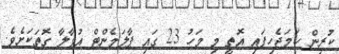
ކުރިން ހަމަޖެހިފައި އޮތީ މި މަހު 23 ގައި ޕާލަމެންޓް އުވާލާ ގޮތަކަށެވެ.